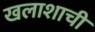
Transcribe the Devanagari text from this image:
खलाशाची